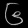
Digit: ၆